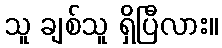
သူ ချစ်သူ ရှိပြီလား။